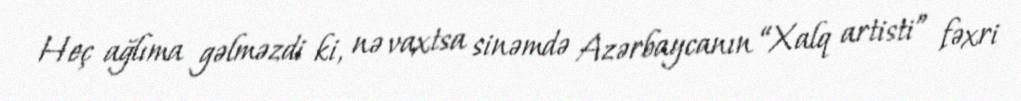
Heç ağlıma gəlməzdi ki, nə vaxtsa sinəmdə Azərbaycanın “Xalq artisti” fəxri